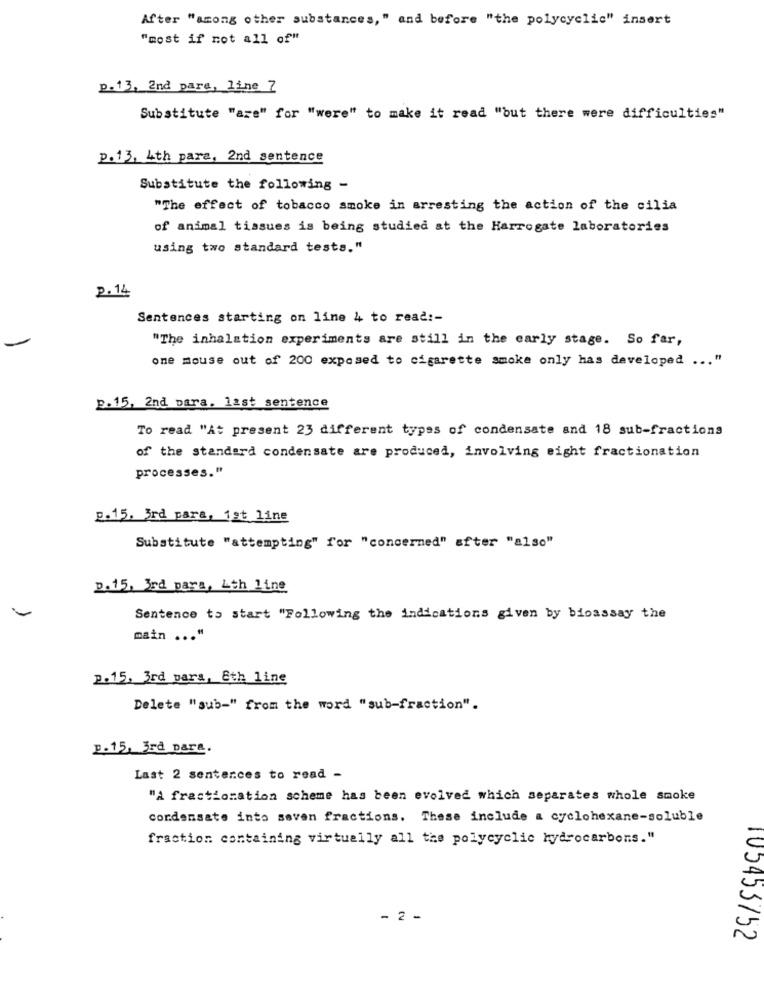
After "among other substances, " and before "the polycyclic" insert
"most if not all of"
p.13, 2nd para, line 7
Substitute "are" for "were" to make it read "but there were difficulties"
p.13, 4th para, 2nd sentence
Substitute the following -
"The effect of tobacco smoke in arresting the action of the cilia
of animal tissues is being studied at the Harrogate laboratories
using two standard tests."
p. 14
Sentences starting on line 4 to read :-
"The inhalation experiments are still in the early stage. So far,
one mouse out of 200 exposed to cigarette smoke only has developed ... "
p.15, 2nd para. last sentence
To read "At present 23 different types of condensate and 18 sub-fractions
of the standard condensate are produced, involving eight fractionation
processes."
2.15. 3rd para, 1st line
Substitute "attempting" for "concerned" after "also"
p.15, 3rd para, Lth line
Sentence to start "Following the indications given by bioassay the
main ... "
p.15, 3rd para, &th line
Delete "sub-" from the word "sub-fraction".
p.15, 3rd para.
Last 2 sentences to read -
"A fractionation scheme has been evolved which separates whole smoke
condensate into seven fractions. These include a cyclohexane-soluble
fraction containing virtually all the polycyclic hydrocarbons."
- 2 -
105453752